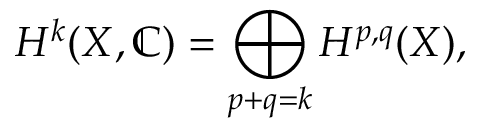
H ^ { k } ( X , \mathbb { C } ) = \bigoplus _ { p + q = k } H ^ { p , q } ( X ) ,